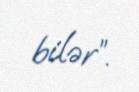
bilər”.